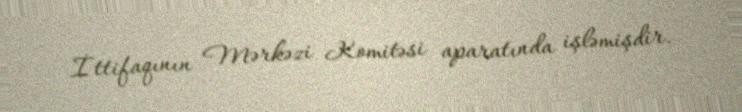
İttifaqının Mərkəzi Komitəsi aparatında işləmişdir.